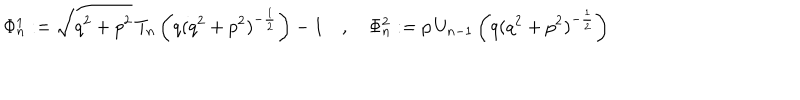
\Phi _ { n } ^ { 1 } : = \sqrt { q ^ { 2 } + p ^ { 2 } } \, T _ { n } \left( q ( q ^ { 2 } + p ^ { 2 } ) ^ { - \frac { 1 } { 2 } } \right) - 1 \quad , \quad \Phi _ { n } ^ { 2 } : = p \, U _ { n - 1 } \left( q ( q ^ { 2 } + p ^ { 2 } ) ^ { - \frac { 1 } { 2 } } \right)